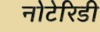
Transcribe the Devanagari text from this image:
नोटेरिडी